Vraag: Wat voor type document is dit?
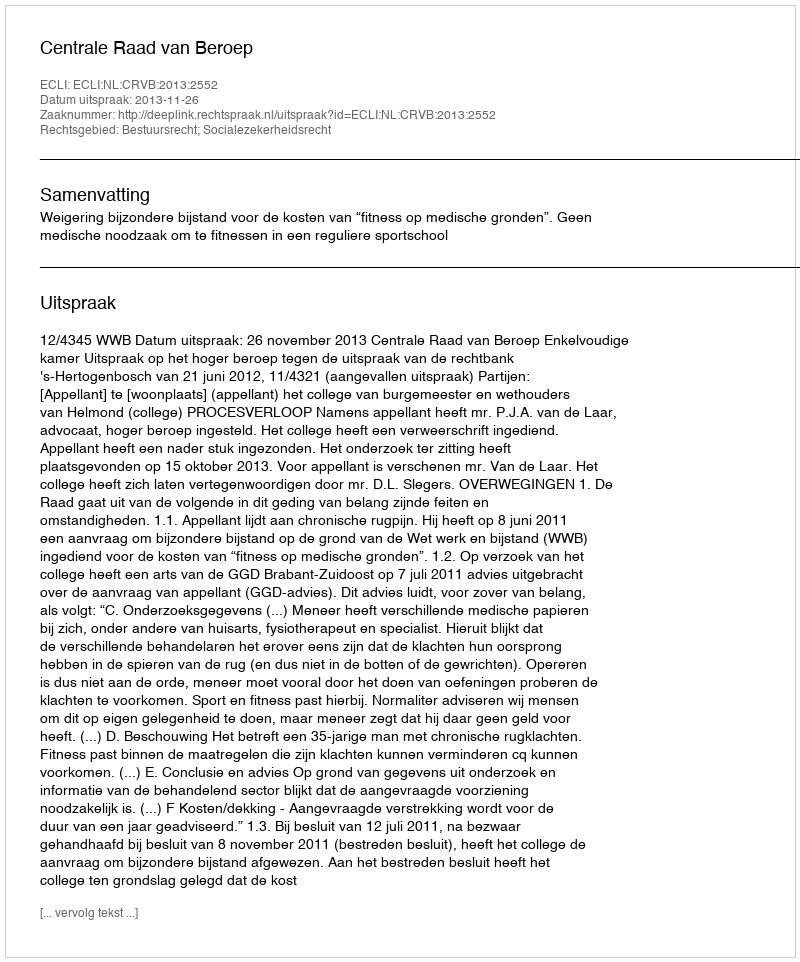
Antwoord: Uitspraak